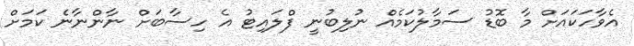
އެވާހަކައަށް މާ ބޮޑު ސަމާލުކަމެއް ނުލިބުނީ ފްލައިޓު އެ ހިސާބަށް ނާންނާނެ ކަމަށް